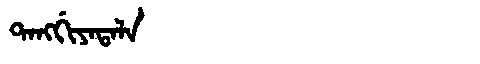
Manchu: ᡨᠠᠩᡤᡳᠶᠠᡨᠠᠯᠠ
Romanization: TANGGIYATALA